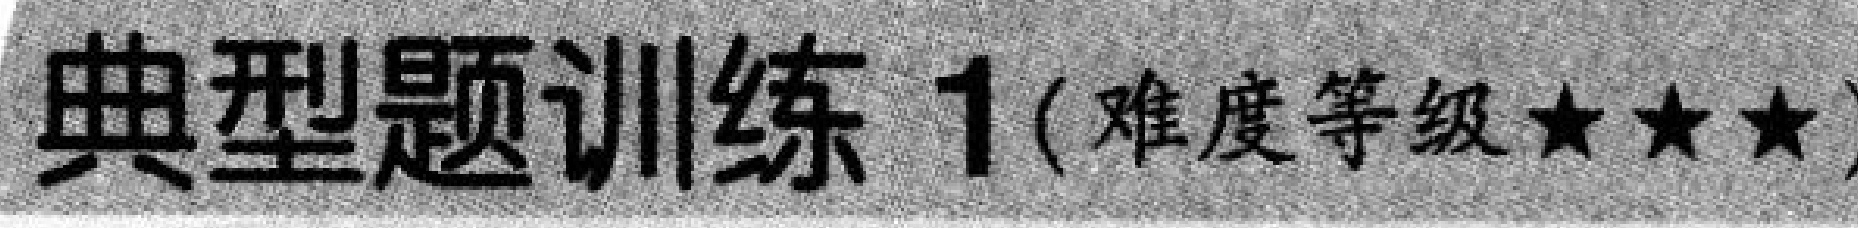
典型题训练 1 (难度等级★★★)